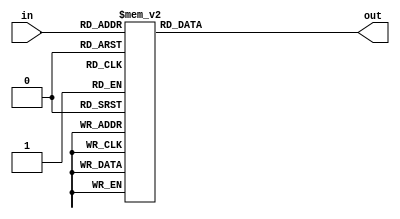
module Divider6BitBy3(
    input [5:0] in,
    output reg [4:0] out
    );
    always@(in) begin
        case(in)
            6'h0:  out <= 5'h0;
            6'h1:  out <= 5'h0;
            6'h2:  out <= 5'h0;
            6'h3:  out <= 5'h1;
            6'h4:  out <= 5'h1;
            6'h5:  out <= 5'h1;
            6'h6:  out <= 5'h2;
            6'h7:  out <= 5'h2;
            6'h8:  out <= 5'h2;
            6'h9:  out <= 5'h3;
            6'ha:  out <= 5'h3;
            6'hb:  out <= 5'h3;
            6'hc:  out <= 5'h4;
            6'hd:  out <= 5'h4;
            6'he:  out <= 5'h4;
            6'hf:  out <= 5'h5;
            6'h10: out <= 5'h5;
            6'h11: out <= 5'h5;
            6'h12: out <= 5'h6;
            6'h13: out <= 5'h6;
            6'h14: out <= 5'h6;
            6'h15: out <= 5'h7;
            6'h16: out <= 5'h7;
            6'h17: out <= 5'h7;
            6'h18: out <= 5'h8;
            6'h19: out <= 5'h8;
            6'h1a: out <= 5'h8;
            6'h1b: out <= 5'h9;
            6'h1c: out <= 5'h9;
            6'h1d: out <= 5'h9;
            6'h1e: out <= 5'ha;
            6'h1f: out <= 5'ha;
            6'h20: out <= 5'ha;
            6'h21: out <= 5'hb;
            6'h22: out <= 5'hb;
            6'h23: out <= 5'hb;
            6'h24: out <= 5'hc;
            6'h25: out <= 5'hc;
            6'h26: out <= 5'hc;
            6'h27: out <= 5'hd;
            6'h28: out <= 5'hd;
            6'h29: out <= 5'hd;
            6'h2a: out <= 5'he;
            6'h2b: out <= 5'he;
            6'h2c: out <= 5'he;
            6'h2d: out <= 5'hf;
            6'h2e: out <= 5'hf;
            6'h2f: out <= 5'hf;
            6'h30: out <= 5'h10;
            6'h31: out <= 5'h10;
            6'h32: out <= 5'h10;
            6'h33: out <= 5'h11;
            6'h34: out <= 5'h11;
            6'h35: out <= 5'h11;
            6'h36: out <= 5'h12;
            6'h37: out <= 5'h12;
            6'h38: out <= 5'h12;
            6'h39: out <= 5'h13;
            6'h3a: out <= 5'h13;
            6'h3b: out <= 5'h13;
            6'h3c: out <= 5'h14;
            6'h3d: out <= 5'h14;
            6'h3e: out <= 5'h14;
            6'h3f: out <= 5'h15;
        endcase
    end
endmodule